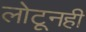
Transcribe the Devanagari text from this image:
लोटूनही